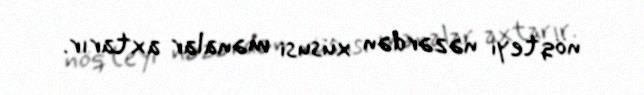
nöqteyi nəzərdən xüsusi mənalar axtarır.